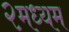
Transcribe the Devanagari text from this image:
२मध्यम